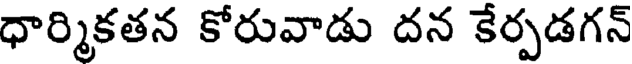
ధార్మికతన కోరువాడు దన కేర్పడగన్